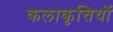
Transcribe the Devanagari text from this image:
कलाकृत्तियों